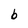
Character: b